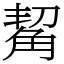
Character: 觢